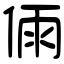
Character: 𠉴